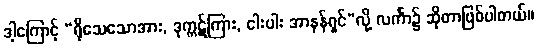
ဒါ့ကြောင့် “ရိုသေသောအား, ဒုက္ကဋ်ကြား, ငါးပါး အာနန်ရှင်”လို့ လင်္ကာ၌ ဆိုတာဖြစ်ပါတယ်။